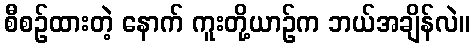
စီစဉ်ထားတဲ့ နောက် ကူးတို့ယာဉ်က ဘယ်အချိန်လဲ။